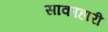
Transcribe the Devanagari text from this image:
साकाहारी